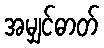
အမျှင်ဓာတ်